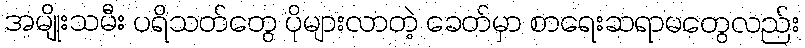
အမျိုးသမီး ပရိသတ်တွေ ပိုများလာတဲ့ ခေတ်မှာ စာရေးဆရာမတွေလည်း